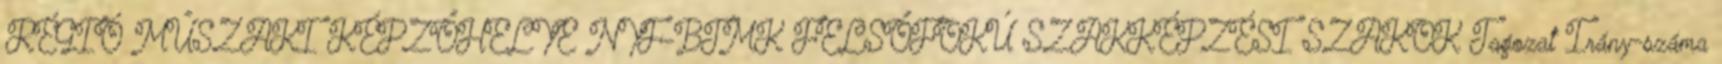
RÉGIÓ MŰSZAKI KÉPZŐHELYE NYF-BTMK FELSŐFOKÚ SZAKKÉPZÉSI SZAKOK Tagozat Irány-száma